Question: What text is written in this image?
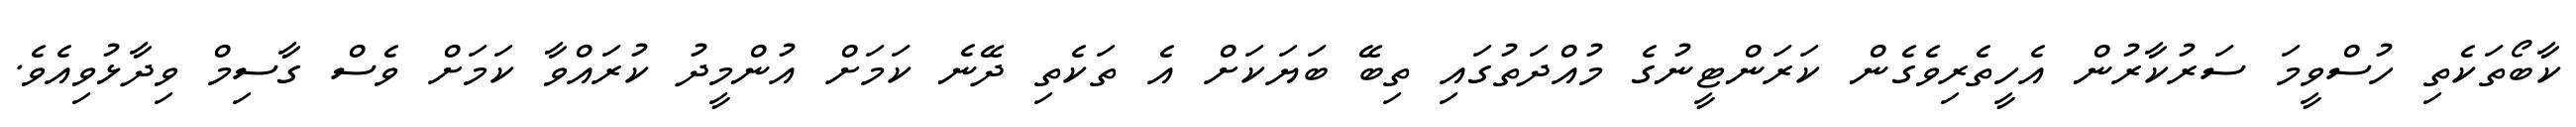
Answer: ކާބޯތަކެތި ހުސްވީމަ ސަރުކާރުން އެހީތެރިވެގެން ކަރަންޓީނުގެ މުއްދަތުގައި ތިބޭ ބަޔަކަށް އެ ތަކެތި ދޭނެ ކަމަށް އުންމީދު ކުރައްވާ ކަމަށް ވެސް ގާސިމް ވިދާޅުވިއެވެ.